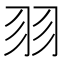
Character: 𦏲